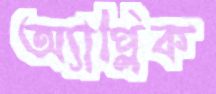
অ্যাপ্লিক